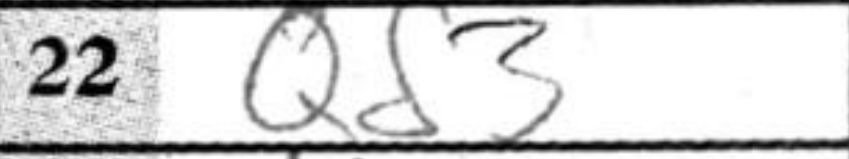
Transcription: Qd3